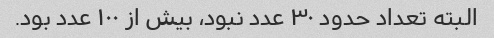
البته تعداد حدود ۳۰ عدد نبود، بیش از ۱۰۰ عدد بود.